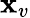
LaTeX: \mathbf{x}_{v}